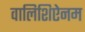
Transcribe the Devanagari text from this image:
वालिशिऐनम